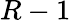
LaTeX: R-1